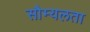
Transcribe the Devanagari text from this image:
सौम्‍यलता